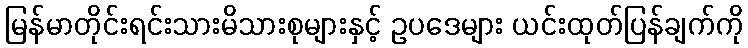
မြန်မာတိုင်းရင်းသားမိသားစုများနှင့် ဥပဒေများ ယင်းထုတ်ပြန်ချက်ကို